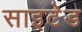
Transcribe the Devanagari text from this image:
साइटेड